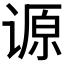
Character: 𰵺